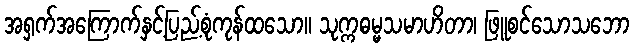
အရှက်အကြောက်နှင့်ပြည့်စုံကုန်ထသော။ သုက္ကဓမ္မသမာဟိတာ၊ ဖြူစင်သောသဘော